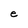
Character: e